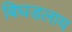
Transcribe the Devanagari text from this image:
बिघडलाय